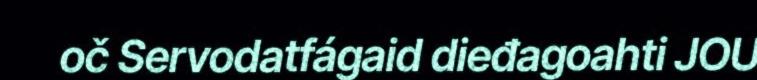
oč Servodatfágaid dieđagoahti JOU